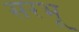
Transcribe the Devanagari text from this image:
सरभू